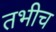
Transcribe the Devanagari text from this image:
तभीच